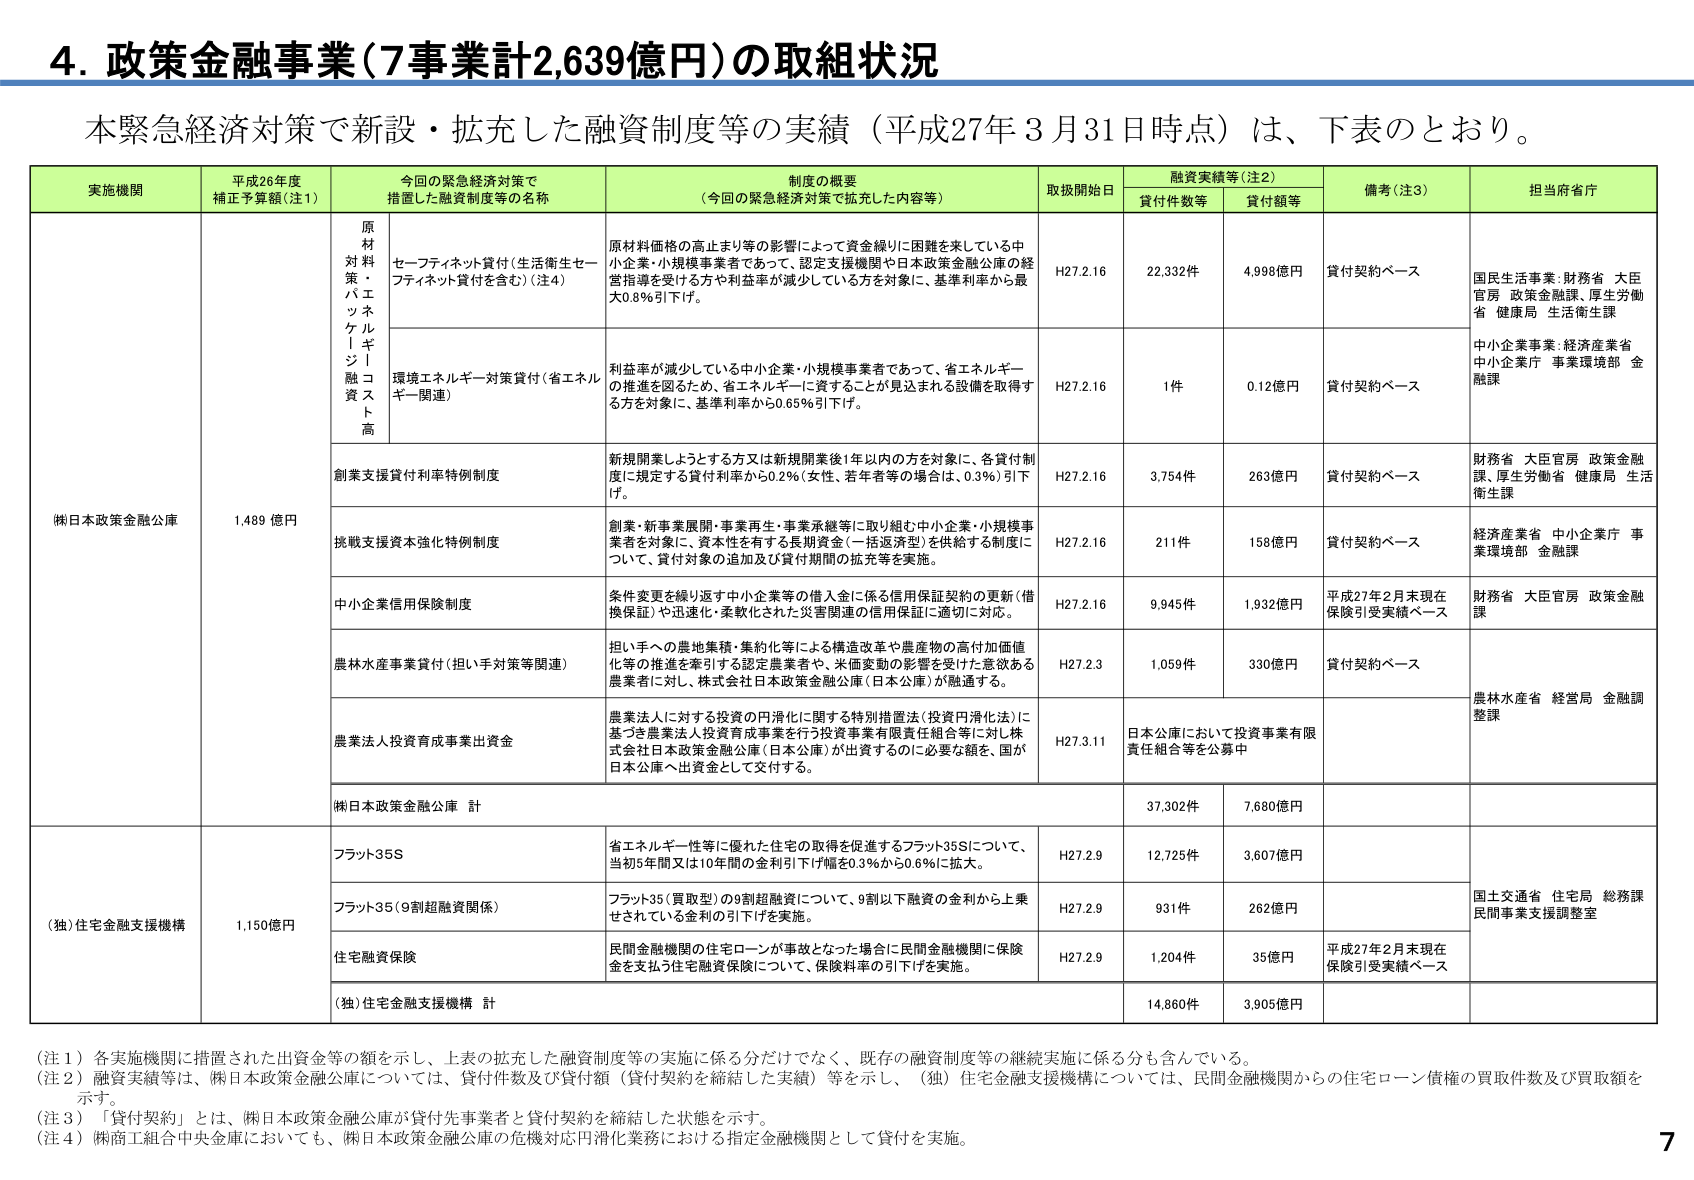
4. 政策金融事業（7事業計2,639億円）の取組状況

本緊急経済対策で新設・拡充した融資制度等の実績（平成27年3月31日時点）は、下表のとおり。

実施機関 平成26年度 補正予算額（注1） 今回の緊急経済対策で措置した融資制度等の名称 制度の概要 （今回の緊急経済対策で拡充した内容等） 取扱開始日 融資実績等（注2） 備考（注3） 担当府省庁
貸付件数等 貸付額等

（独）住宅金融支援機構 1,150億円 フラット35S 省エネルギー性等に優れた住宅の取得を促進するフラット35Sについて、当初5年間又は10年間の金利引下げ幅を0.3％から0.6％に拡大。 H27.2.9 12,725件 3,607億円 国土交通省 住宅局 総務課 民間事業支援調整室
フラット35（9割超融資関係） フラット35（買取型）の9割超融資について、9割以下融資の金利から上乗せされている金利の引下げを実施。 H27.2.9 931件 262億円
住宅融資保険 民間金融機関の住宅ローンが事故となった場合に民間金融機関に保険金を支払う住宅融資保険について、保険料率の引下げを実施。 H27.2.9 1,204件 35億円 平成27年2月末現在保険引受実績ベース
（独）住宅金融支援機構 計 14,860件 3,905億円

（独）日本政策金融公庫 1,489億円 原材料対策・バエツケル・ジ・融資ト高 セーフティネット貸付（生活衛生セーフティネット貸付を含む）（注4） 原材料価格の高止まり等の影響によって資金繰りに困難を来している中小企業・小規模事業者であって、認定支援機関や日本政策金融公庫の経営指導を受けた方や利益率が減少している方を対象に、基準利率から最大0.8％引下げ。 H27.2.16 22,332件 4,998億円 貸付契約ベース 国民生活局：財務省 大臣官房 政策金融課、厚生労働省 健康局 生活衛生課
環境エネルギー対策貸付（省エネルギー関連） 利益率が減少している中小企業・小規模事業者であって、省エネルギーの推進を図るため、省エネルギーに資することが見込まれる設備を取得する方を対象に、基準利率から0.65％引下げ。 H27.2.16 1件 0.12億円 貸付契約ベース 中小企業事業：経済産業省 中小企業庁 事業環境部 金融課
創業支援貸付利率特例制度 新規開業しようとする方又は新規開業後1年以内の方を対象に、各貸付制度に規定する貸付利率から0.2％（女性、若年者等の場合は、0.3％）引下げ。 H27.2.16 3,754件 263億円 貸付契約ベース 財務省 大臣官房 政策金融課、厚生労働省 健康局 生活衛生課
挑戦支援資本強化特例制度 創業・新事業展開・事業再生・事業承継等に取り組む中小企業・小規模事業者を対象に、資本性を有する長期資金（一括返済型）を供給する制度について、貸付対象の追加及び貸付期間の拡充等を実施。 H27.2.16 211件 158億円 貸付契約ベース 経済産業省 中小企業庁 事業環境部 金融課
中小企業信用保険制度 条件変更を繰り返す中小企業等の借入金に係る信用保証契約の更新（借換保証）や迅速化・柔軟化された災害関連の信用保証に適切に対応。 H27.2.16 9,945件 1,932億円 平成27年2月末現在保険引受実績ベース 財務省 大臣官房 政策金融課
農林水産事業貸付（担い手対策等関連） 担い手への農地集積・集約化等による構造改革や農産物の高付加価値化等の推進を牽引する認定農業者や、米価変動の影響を受けた意欲ある農業者に対し、株式会社日本政策金融公庫（日本公庫）が融通する。 H27.2.3 1,059件 330億円 貸付契約ベース 農林水産省 経営局 金融調整課
農業法人投資育成事業出資金 農業法人に対する投資の円滑化に関する特別措置法（投資円滑化法）に基づき農業法人投資育成事業を行う投資事業有限責任組合に対し株式会社日本政策金融公庫（日本公庫）が出資するのに必要な額を、国が日本公庫へ出資金として交付する。 H27.3.11 日本公庫において投資事業有限責任組合等を公募中
（独）日本政策金融公庫 計 37,302件 7,680億円

（注1）各実施機関に措置された出資金等の額を示し、上表の拡充した融資制度等の実施に係る分だけでなく、既存の融資制度等の継続実施に係る分も含んでいる。
（注2）融資実績等は、（独）日本政策金融公庫については、貸付件数及び貸付額（貸付契約を締結した実績）等を示し、（独）住宅金融支援機構については、民間金融機関からの住宅ローン債権の買取件数及び買取額を示す。
（注3）「貸付契約」とは、（独）日本政策金融公庫が貸付先事業者と貸付契約を締結した状態を示す。
（注4）（株）商工組合中央金庫においても、（独）日本政策金融公庫の危機対応円滑化業務における指定金融機関として貸付を実施。

7